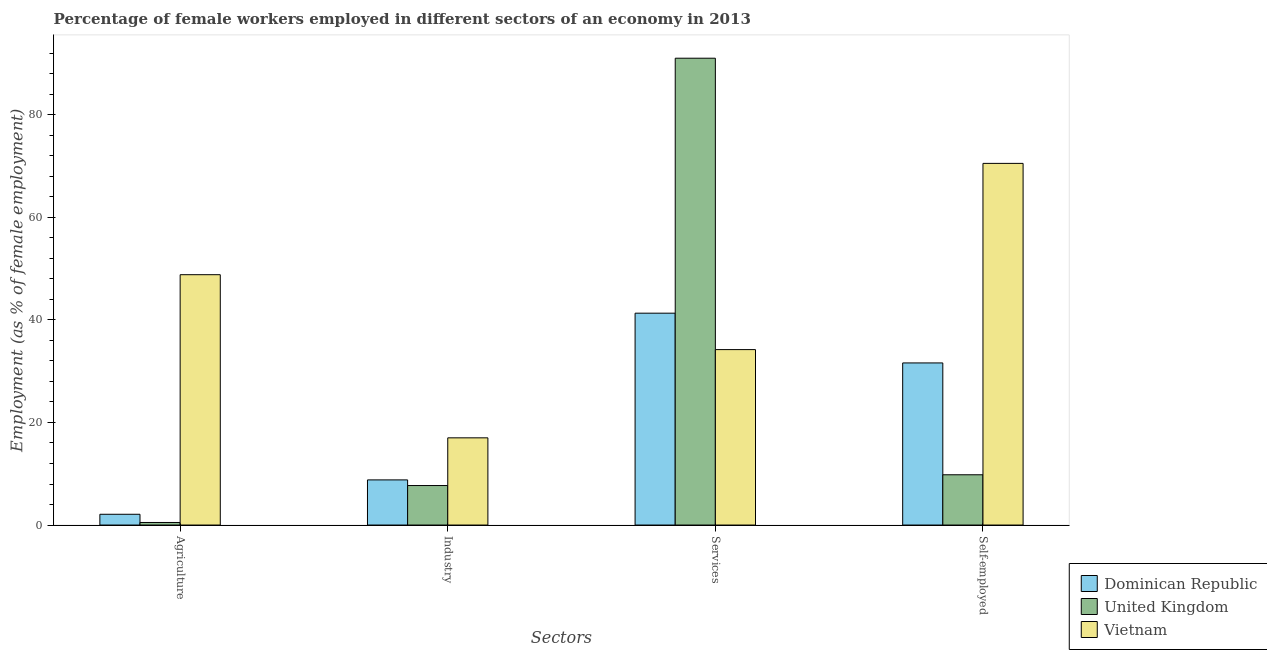
| Sectors | Dominican Republic | United Kingdom | Vietnam |
 | --- | --- | --- | --- |
 | Agriculture | 2.1 | 0.5 | 48.8 |
 | Industry | 8.8 | 7.7 | 17 |
 | Services | 41.3 | 91 | 34.2 |
 | Self-employed | 31.6 | 9.8 | 70.5 |